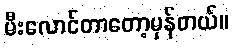
မီးလောင်တာတော့မှန်တယ်။